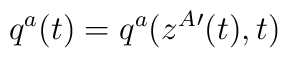
q^a(t) = q^a(z^A{}'(t),t)